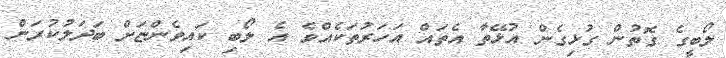
ލޯބީގެ ގޮތުން ގުޅިގެން އުޅޭތާ އެތައް އަހަރުތަކެއްވެ އެ ލޯބި ކައިވެންޏަށް ބަދަލުކުރަން